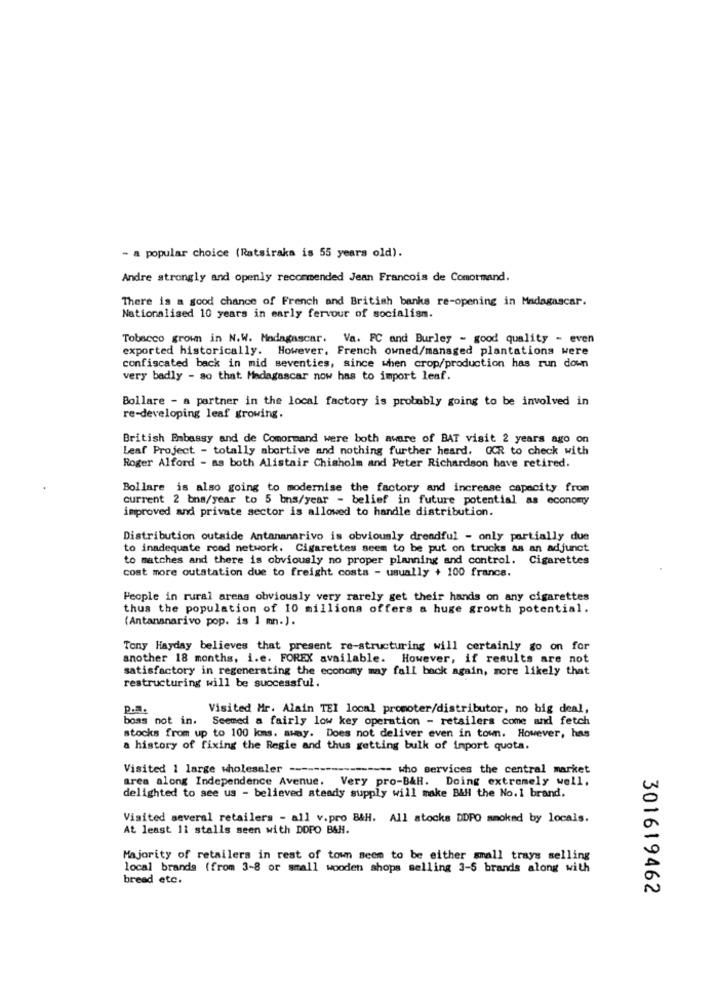
- a popular choice (Ratsiraka is 55 years old).
Andre strongly and openly recommended Jean Francois de Comormand.
There is a good chance of French and British banks re-opening in Madagascar.
Nationalised 10 years in early fervour of socialism.
Tobacco grown in N.W. Madagascar. Va. FC and Burley - good quality - even
exported historically. However, French owned/managed plantations were
confiscated back in mid seventies, since when crop/production has run down
very badly - so that. Madagascar now has to import leaf.
Bollare - a partner in the local factory is probably going to be involved in
re-developing leaf growing.
British Embassy and de Comormand were both aware of BAT visit 2 years ago on
Leaf Project - totally abortive and nothing further heard, GOR to check with
Roger Alford - as both Alistair Chisholm and Peter Richardson have retired.
Bollare is also going to modernise the factory and increase capacity from
current 2 bns/year to 5 bns/year - belief in future potential as economy
improved and private sector is allowed to handle distribution.
Distribution outside Antananarivo is obviously dreadful - only partially due
to inadequate road network. Cigarettes seem to be put on trucks as an adjunct
to matches and there is obviously no proper planning and control. Cigarettes
cost more outatation due to freight costa - usually + 100 francs.
People in rural areas obviously very rarely get their hands on any cigarettes
thus the population of 10 millions offers a huge growth potential.
(Antananarivo pop. is 1 m.).
Tony Hayday believes that present re-structuring will certainly go on for
another 18 months, i.e. FOREX available. However, if results are not
satisfactory in regenerating the economy may fall back again, more likely that
restructuring will be successful.
p.m.
Visited Mr. Alain TEI local promoter/distributor, no big deal,
boss not in. Seemed a fairly low key operation - retailers come and fetch
stocks from up to 100 kms. away. Does not deliver even in town. However, has
a history of fixing the Regie and thus getting bulk of import quota.
Visited 1 large wholesaler -------
-------- who services the central market
area along Independence Avenue. Very pro-B&H. Doing extremely well.
delighted to see us - believed steady supply will make BAHl the No.1 brand.
Visited several retailers - all v.pro B&H. All stocks DDPO smoked by locals.
At least 11 stalls seen with DOPO BAH.
Majority of retailers in rest of town seem to be either small trays selling
local brands (from 3-8 or small wooden shops selling 3-5 brands along with
bread etc.
301619462